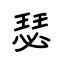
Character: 瑟